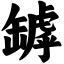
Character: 罅